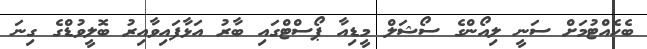
ބެހެއްޓުމަށް ސަނީ ލިއޯންގެ ސޯޝަލް މީޑިއާ ޕޯސްޓްގައި ބާރު އަޅާފައިވާއިރު ބޮލީވުޑްގެ ގިނަ